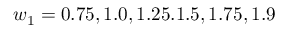
w _ { 1 } = 0 . 7 5 , 1 . 0 , 1 . 2 5 . 1 . 5 , 1 . 7 5 , 1 . 9